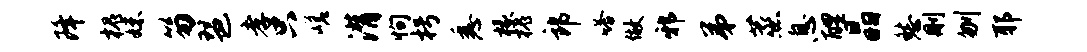
降槐妹笏琶孝只嵯潸恂枵悉椽槐郎嗒做邪弟蒸息醴晶愁删刎耶